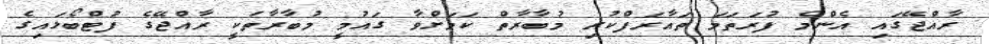
ރާއްޖޭގައި އެންމެ ފުރަތަމަ ތައާރަފްކުރި މުބާރާތް ކަމަށްވާ ގައުމީ މުބާރާތަކީ ރާއްޖޭގެ ފުޓްބޯޅައިގެ